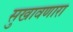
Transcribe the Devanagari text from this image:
सुखावणारा